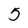
Character: 5